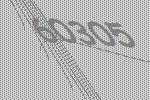
60305